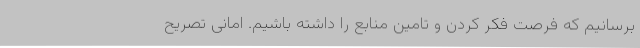
برسانیم که فرصت فکر کردن و تامین منابع را داشته باشیم. امانی تصریح